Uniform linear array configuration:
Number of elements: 8
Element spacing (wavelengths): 1
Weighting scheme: hamming
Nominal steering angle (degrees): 60
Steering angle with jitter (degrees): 59.206
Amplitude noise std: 0.05
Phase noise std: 0.05

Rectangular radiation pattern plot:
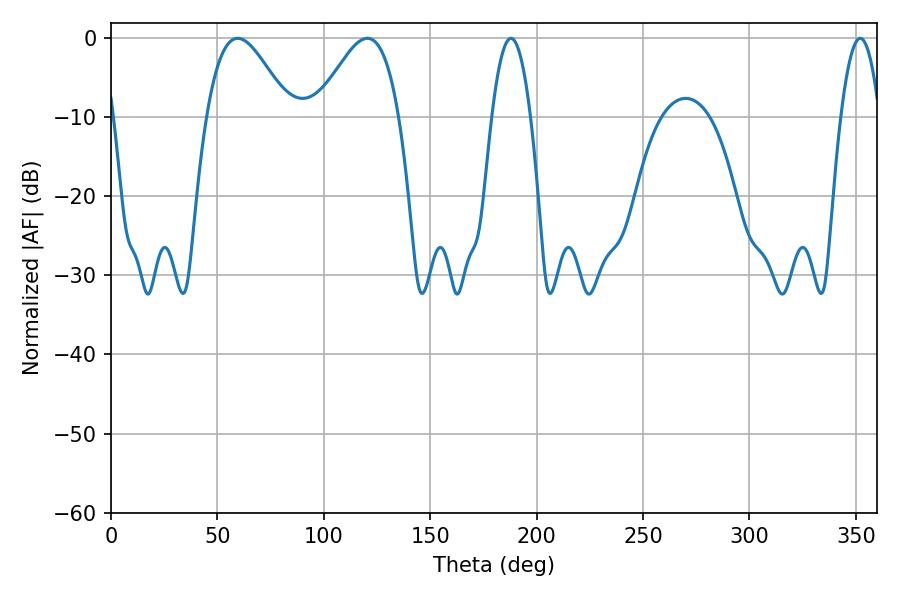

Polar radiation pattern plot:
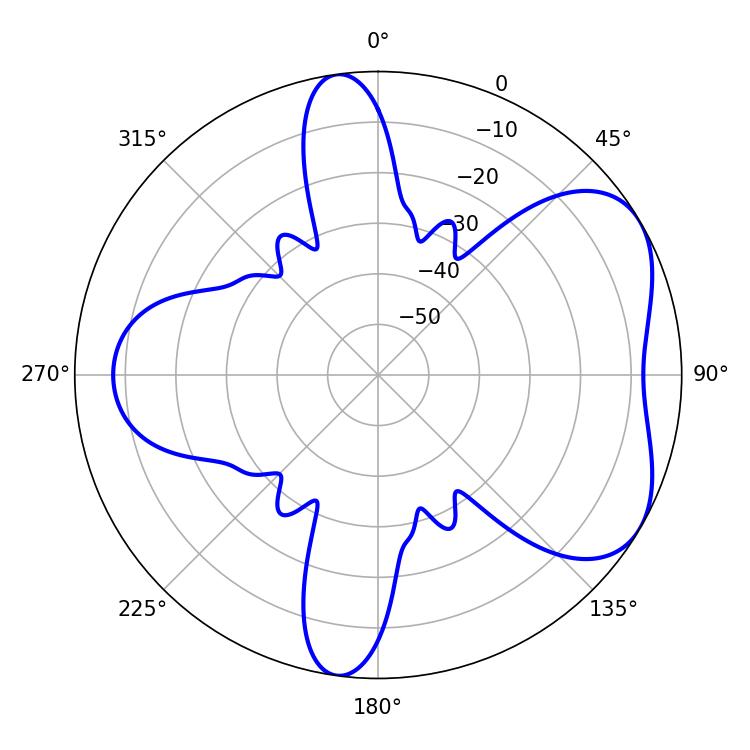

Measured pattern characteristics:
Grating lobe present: TRUE
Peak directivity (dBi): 5.256
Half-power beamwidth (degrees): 9.9
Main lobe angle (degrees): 187.92